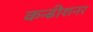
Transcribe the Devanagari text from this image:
कन्डीशनर